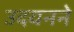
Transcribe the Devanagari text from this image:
उदयनने